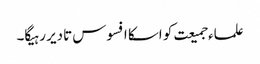
علماء جمیعت کو اسکا افسوس تادیر رہیگا۔